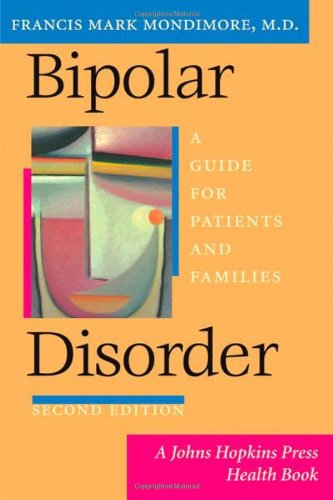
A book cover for Bipolar Disorder: A Guide for Patients and Families (2nd Edition); Francis Mark Mondimore; Health, Fitness & Dieting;